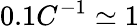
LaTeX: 0.1C^{-1}\simeq 1